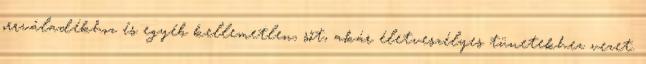
orrváladékhoz és egyéb kellemetlen, sőt, akár életveszélyes tünetekhez vezet.